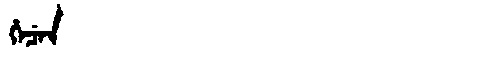
Manchu: ᡥᡝᠴᡝᠨ
Romanization: HECEN